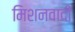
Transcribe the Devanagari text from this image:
मिशनवादी